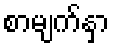
စာမျက်နှာ